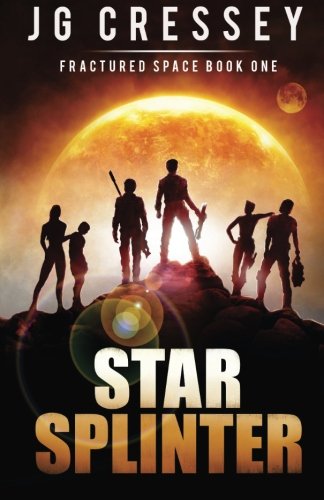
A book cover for Star Splinter: Fractured Space Series Book 1 (Volume 1); J G Cressey; Science Fiction & Fantasy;